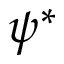
\psi ^ { * }